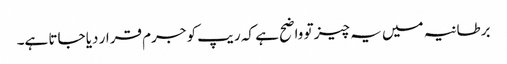
برطانیہ میں یہ چیز تو واضح ہے کہ ریپ کو جرم قرار دیا جاتا ہے۔